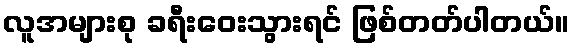
လူအများစု ခရီးဝေးသွားရင် ဖြစ်တတ်ပါတယ်။